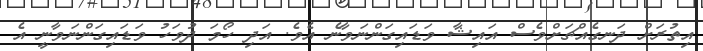
އިތުރަށް ދަނގެއްޗަށްވެސް އައިޝާ ވަޑައިގަންނަވާނެ އެވެ. އަދި ހޯމަ ދުވަހު ވަޑައިގަންނަވާނީ އެ